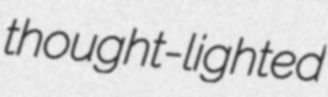
thought-lighted